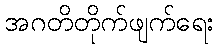
အဂတိတိုက်ဖျက်ရေး